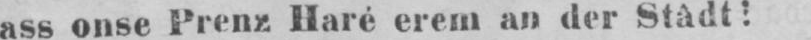
ass onse Prenz Haré erem an der Stâdt!